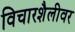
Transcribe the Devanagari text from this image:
विचारशैलीवर